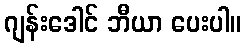
ဂျန်းဒေါင် ဘီယာ ပေးပါ။